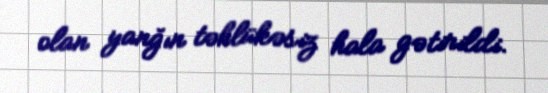
olan yanğın təhlükəsiz hala gətirildi.